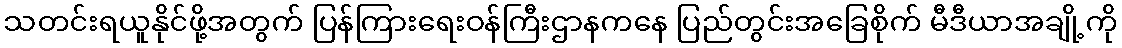
သတင်းရယူနိုင်ဖို့အတွက် ပြန်ကြားရေးဝန်ကြီးဌာနကနေ ပြည်တွင်းအခြေစိုက် မီဒီယာအချို့ကို